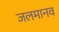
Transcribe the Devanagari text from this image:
जलमानव